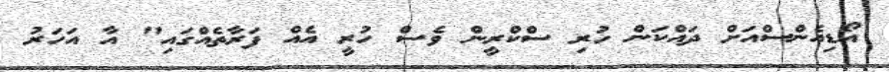
އޯޑިއެންސްއަށް ދައްކަން ހުރި ސްކްރީން ވެސް ހުރީ އެއް ފަރާތެއްގައި" އާ އަހަރު